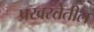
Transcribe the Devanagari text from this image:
प्रखरतेतील